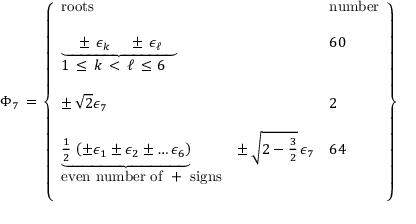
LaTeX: \Phi _ { 7 } \, = \, \left\{ \begin{array} { l l l } { { \mathrm { r o o t s } } } & { { \null } } & { { \mathrm { n u m b e r } } } \\ { { \null } } & { { \null } } & { { \null } } \\ { { { \underbrace { \quad \pm \, \epsilon _ { k } \, \quad \pm \, \epsilon _ { \ell } \quad } } } } & { { \null } } & { { 6 0 } } \\ { { 1 \, \le \, k \, < \, \ell \, \le 6 } } & { { \null } } & { { \null } } \\ { { \null } } & { { \null } } \\ { { \pm \, \sqrt { 2 } \epsilon _ { 7 } } } & { { \null } } & { { 2 } } \\ { { \null } } & { { \null } } & { { \null } } \\ { { { \underbrace { \frac 1 2 \, \left( \pm \epsilon _ { 1 } \pm \epsilon _ { 2 } \pm \dots \epsilon _ { 6 } \right) } } } } & { { \pm \, \sqrt { 2 - \frac 3 2 } \, \epsilon _ { 7 } } } & { { 6 4 } } \\ { { \mathrm { e v e n ~ n u m b e r ~ o f ~ + ~ s i g n s } } } & { { \null } } & { { \null } } \\ { { \null } } & { { \null } } & { { \null } } \end{array} \right\}